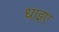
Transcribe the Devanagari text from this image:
धाइए